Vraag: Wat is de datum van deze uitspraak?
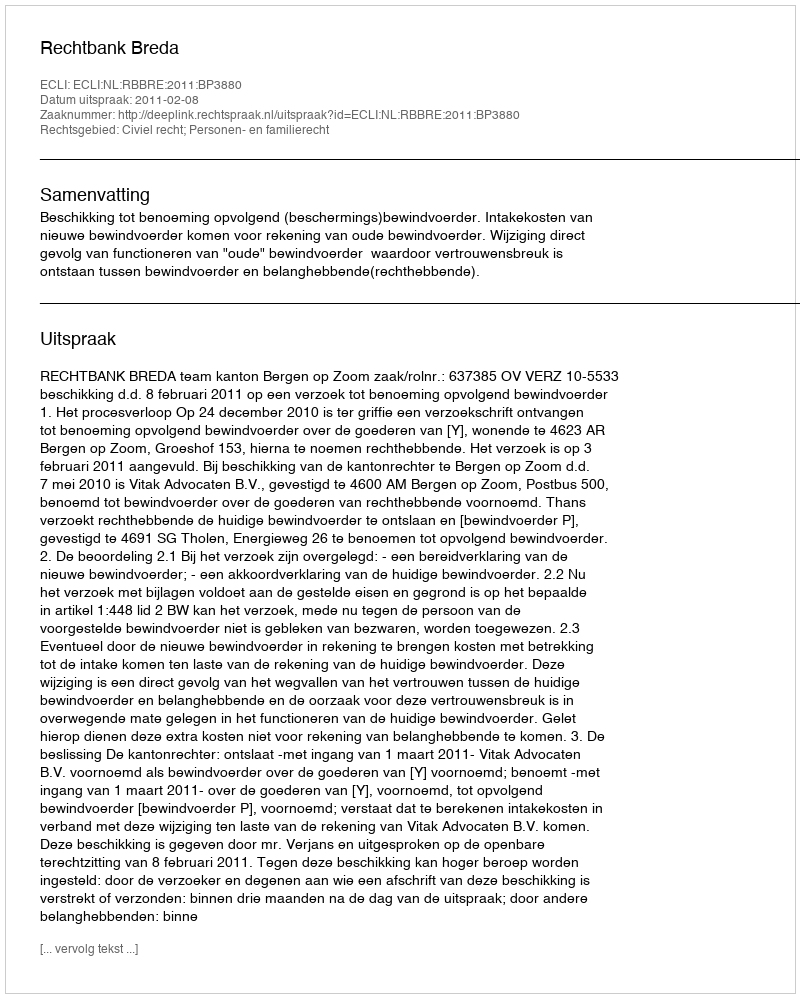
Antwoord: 2011-02-08